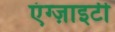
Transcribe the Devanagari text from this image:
एंग्ज़ाइटी